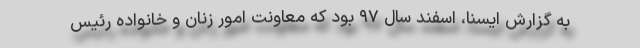
به گزارش ایسنا، اسفند سال ۹۷ بود که معاونت امور زنان و خانواده رئیس